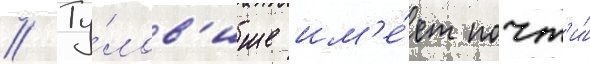
// Ту́лов'ище им'е́ет почт'и́